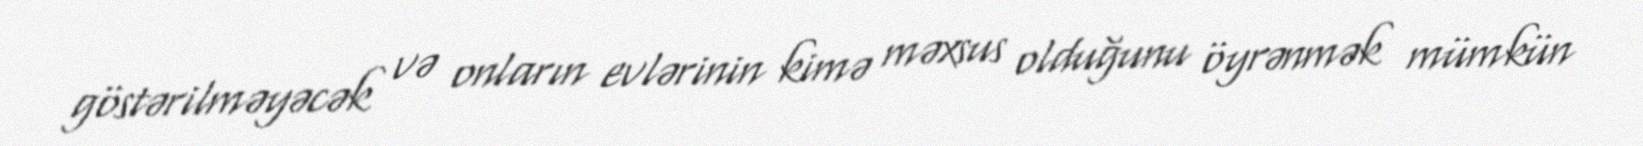
göstərilməyəcək və onların evlərinin kimə məxsus olduğunu öyrənmək mümkün